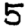
Digit: 5